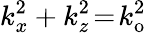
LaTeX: k_{x}^{2}+k_{z}^{2}\! =\! k_{\mathrm{o}}^{2}